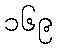
၁၆၉